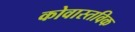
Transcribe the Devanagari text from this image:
कोवास्तविक